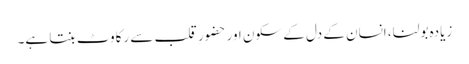
زیادہ بولنا، انسان کے دل کے سکون اور حضورِ قلب سے رکاوٹ بنتا ہے۔